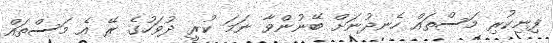
ފިނިކުރި މަސްތައް ހެނދުނަށް ބޭނުންވާ ނަމަ ކުރީ ދުވަހުގެ ރޭ އެ މަސްތައް